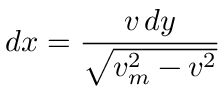
d x = { \frac { v \, d y } { \sqrt { v _ { m } ^ { 2 } - v ^ { 2 } } } }